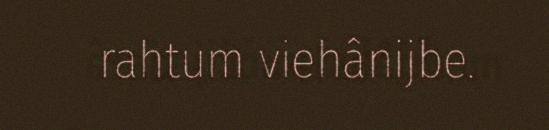
rahtum viehânijbe.